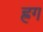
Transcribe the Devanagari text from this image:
ह्रग